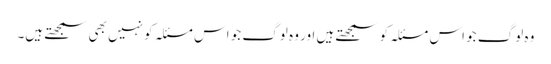
وہ لوگ جو اس مسئلہ کو سمجھتے ہیں اور وہ لوگ جو اس مسئلہ کو نہیں بھی سمجھتے ہیں۔